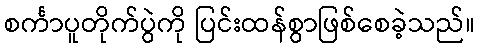
စင်္ကာပူတိုက်ပွဲကို ပြင်းထန်စွာဖြစ်စေခဲ့သည်။